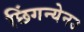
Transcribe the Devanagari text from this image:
छिंगन्येनउ